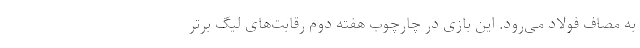
به مصاف فولاد می‌رود. این بازی در چارچوب هفته دوم رقابت‌های لیگ برتر